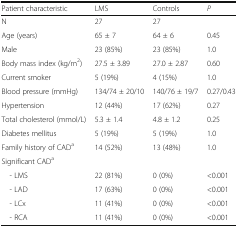
| Patient characteristic | LMS | Controls | P |
 | --- | --- | --- | --- |
 | N | 27 | 27 |  |
 | Age (years) | 65 ± 7 | 64 ± 6 | 0.45 |
 | Male | 23 (85%) | 23 (85%) | 1.0 |
 | Body mass index (kg/m2) | 27.5 ± 3.89 | 27.0 ± 2.87 | 0.60 |
 | Current smoker | 5 (19%) | 4 (15%) | 1.0 |
 | Blood pressure (mmHg) | 134/74 ± 20/10 | 140/76 ± 19/7 | 0.27/0.43 |
 | Hypertension | 12 (44%) | 17 (62%) | 0.27 |
 | Total cholesterol (mmol/L) | 5.3 ± 1.4 | 4.8 ± 1.2 | 0.25 |
 | Diabetes mellitus | 5 (19%) | 5 (19%) | 1.0 |
 | Family history of CADa | 14 (52%) | 13 (48%) | 1.0 |
 | <COLSPAN=4> Significant CADa |
 | - LMS | 22 (81%) | 0 (0%) | <0.001 |
 | - LAD | 17 (63%) | 0 (0%) | <0.001 |
 | - LCx | 11 (41%) | 0 (0%) | <0.001 |
 | - RCA | 11 (41%) | 0 (0%) | <0.001 |